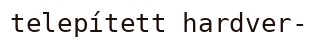
telepített hardver-